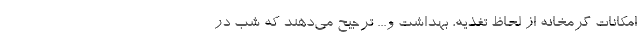
امکانات گرمخانه از لحاظ تغذیه، بهداشت و... ترجیح می‌دهند که شب در